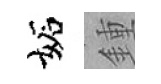
妬鍾